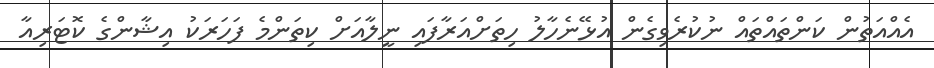
އެއްއަތުން ކަންތައްތައް ނުކުރެވިގެން އުޅޭނެހާލު ހިތަށްއަރާފައި ނީލާއަށް ކިތަންމެ ފަހަރަކު އިޝާންގެ ކޮޓަރިއާ